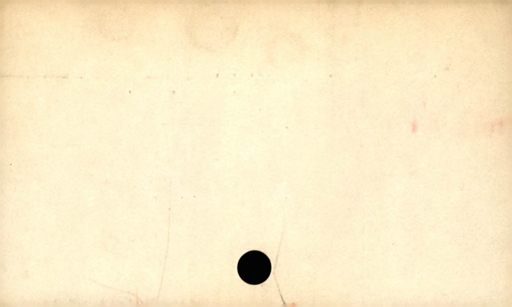
Label: blank